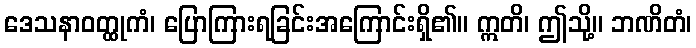
ဒေသနာဝတ္ထုကံ၊ ပြောကြားရခြင်းအကြောင်းရှိ၏။ ဣတိ၊ ဤသို့။ ဘဏိတံ၊